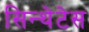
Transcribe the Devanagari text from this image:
सिन्थेटेस